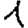
Digit: 1